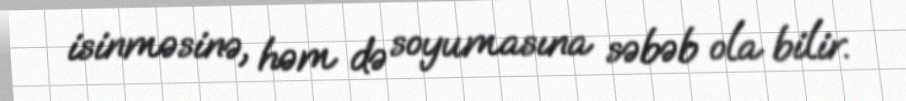
isinməsinə, həm də soyumasına səbəb ola bilir.